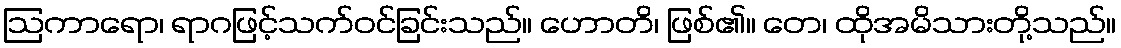
ဩကာရော၊ ရာဂဖြင့်သက်ဝင်ခြင်းသည်။ ဟောတိ၊ ဖြစ်၏။ တေ၊ ထိုအမိသားတို့သည်။